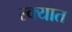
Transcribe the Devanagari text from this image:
रक्यात